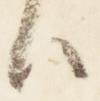
臣